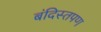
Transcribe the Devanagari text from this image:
बंदिस्तपण